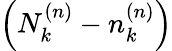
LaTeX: \left(N_{k}^{\left(n\right)}-n_{k}^{\left(n\right)}\right)